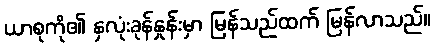
ယာစုကို၏ နှလုံးခုန်နှုန်းမှာ မြန်သည်ထက် မြန်လာသည်။